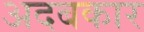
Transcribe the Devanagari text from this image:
अदबकार